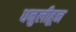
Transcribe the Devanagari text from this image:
धनुलीहून